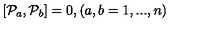
\left[ { { \cal P } } _ { a } , { { \cal P } } _ { b } \right] = 0 , \left( a , b = 1 , . . . , n \right)